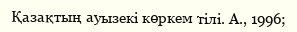
Қазақтың ауызекі көркем тілі. А., 1996;